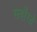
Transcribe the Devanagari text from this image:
सवाँरते